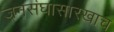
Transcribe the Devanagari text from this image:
जनसंघासारखाच